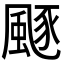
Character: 𩗛